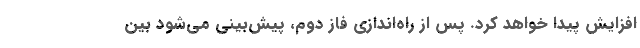
افزایش پیدا خواهد کرد. پس از راه‌اندازی فاز دوم، پیش‌بینی می‌شود بین